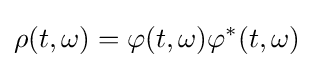
\rho (t,\omega )=\varphi (t,\omega )\varphi ^{\ast }(t,\omega )